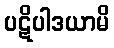
ပဋိပါဒယာမိ